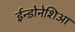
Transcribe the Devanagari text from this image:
ईन्डोनेशिआ